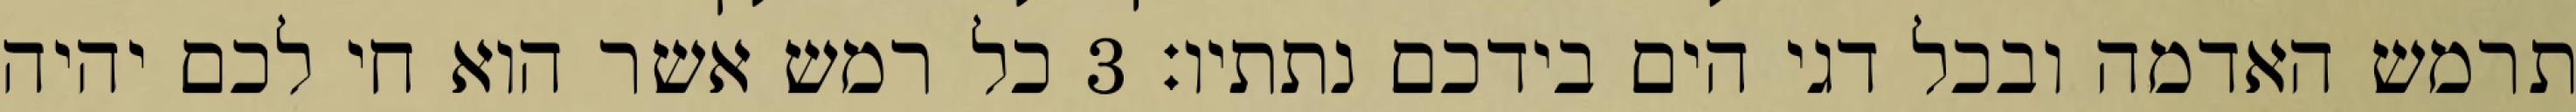
תרמש האדמה ובכל דגי הים בידכם נתתיו׃ ‎3‏ כל רמש אשר הוא חי לכם יהיה